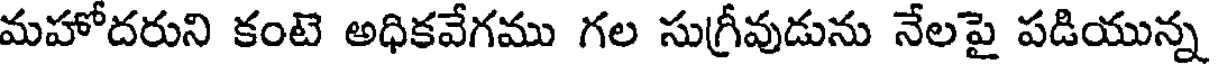
మహోదరుని కంటె అధికవేగము గల సుగ్రీవుడును నేలపై పడియున్న